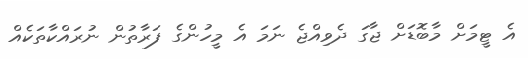
އެ ޓީމަށް މާބޮޑަށް ޖާގަ ދެވިއްޖެ ނަމަ އެ މީހުންގެ ފަރާތުން ނުރައްކާތަކެއް